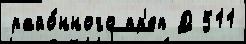
райо́нного пр'еп Д 511